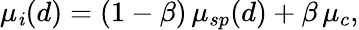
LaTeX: \mu_{\mathit{i}}(d)=(1-\beta)\, \mu_{sp}(d)+\beta\, \mu_{c},